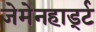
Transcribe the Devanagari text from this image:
जेमेनहार्ड्ट